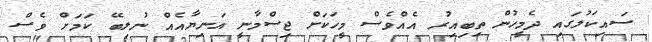
ސައިކަލުގައި ދެމީހުން ތިބިއިރު އެއްވެސް މީހަކަށް ޖިސްމާނީ އަނިޔާއެއް ނުލިބޭ ކަމަށް ވެސް